Annual report on the working of the mental hospitals in the Madras Presidency - 1912-1932
Year: 1912
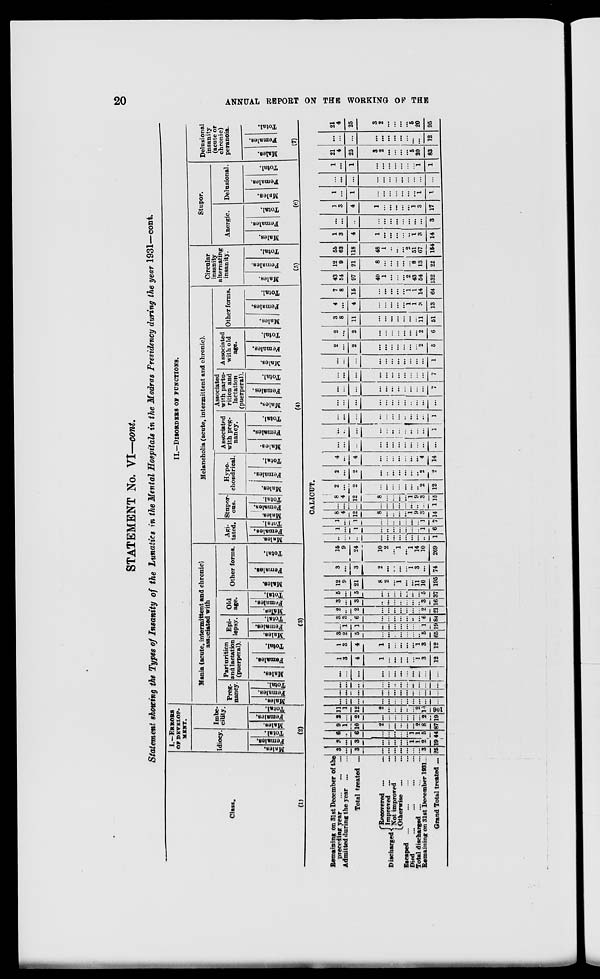
20
ANNUAL REPORT ON THE WORKING OF THE
STATEMENT No. VI—cont.
Statement showing the Types of Insanity of the Lunatics in the Mental Hospitals in the Madras Presidency during the year 1931—cont.
Class.
(1)
1.—ERRORS
OF
DEVELOP-
MENT.
Idiocy
Males.
Females.
Total.
Imbe-
cility.
Males.
Females.
Total.
(2)
II.—DISORDERS OF FUNCTIONS.
Mania (acute, intermittent and chronic)
associated with
Preg-
nancy.
Males.
Females.
Total
Parturition
and lactation
(puerperal).
Males.
Females.
Total.
Epi-
lepsy.
Males.
Females.
Total.
Old
age.
Males.
Femal es .
Tot al .
Other forms.
Males.
Females.
Total.
(3)
Melancholia (acute, intermittent and chronic).
Agi-
tated.
Males.
Females.
Total.
Stupor-
ous.
Males.
Females.
Total.
Hypo-
chondrical.
Males.
Females.
Total.
Associated
with preg-
nancy.
Males.
Females.
Total.
Associated
with partu-
rition and
lactation
(puerperal).
Males.
Females.
Total.
Associated
with old
age.
Males.
Females.
Total.
Other forms.
Males.
Females.
Total.
(4)
Circular
insanity
alternating
insanity.
Males.
Females.
Total.
(5)
Stupor.
Anergic.
Males.
Females.
Total.
Delusional.
Males.
Females.
Total.
(6)
Delusional
insanity
(acute or
chronic)
peranoia.
Males.
Females.
Total.
(7)
CALICUT.
Remaining on 31st December of the
preceding year
...
...
...
Admitted during the year
...
...
Total treated ...
Discharged
Recovered ... ...
Improved ... ...
Not improved ... ...
Otherwise ... ...
Escaped
...
...
...
...
Died ... ... ... ...
Total discharged ... ... ...
Remaining on 31st December 1931 ...
Grand Total treated ...
3
...
3
...
...
...
...
...
...
...
3
25
3
...
3
...
...
...
...
...
1
1
2
19
6
...
6
...
. ..
...
...
...
1
1
5
44
9
1
10
2
...
...
...
...
...
2
8
87
2
...
2
...
...
...
...
...
. ..
...
2
19
11
1
12
2
...
...
...
...
...
2
10
106
...
...
...
...
...
...
...
...
...
...
...
...
...
...
...
...
...
...
...
...
...
...
...
...
...
...
...
...
...
...
...
...
...
...
...
...
...
...
...
...
...
...
...
...
...
...
...
...
1
3
4
1
...
...
...
...
...
1
3
12
1
3
4
1
...
...
...
...
...
1
3
12
3
2
5
...
...
...
...
...
...
...
5
65
...
1
1
...
...
...
...
...
...
...
1
19
3
3
6
...
...
...
...
...
...
...
6
84
2
..
2
...
...
...
...
...
...
...
2
21
3
...
3
...
...
...
...
...
...
...
3
16
5
...
5
...
...
...
...
...
...
...
5
37
12
9
21
8
2
...
1
...
...
11
10
195
3
...
3
2
...
.
.
.
. ..
. ..
1
3
...
74
15
9
24
10
2
...
1
...
1
14
10
269
...
...
...
...
...
. ..
...
. ..
...
...
...
1
1
...
1
...
...
...
...
...
...
...
1
6
1
...
1
...
...
...
...
...
...
...
1
7
8
4
12
8
...
...
...
...
1
9
3
14
...
...
...
...
...
...
...
...
...
...
...
1
8
4
12
8
...
...
...
...
1
9
3
15
2
...
2
...
...
...
...
. ..
. ..
...
2
12
2
...
2
...
...
...
...
...
...
...
2
2
4
...
4
...
...
...
...
...
...
...
4
14
...
...
...
...
...
...
...
...
...
...
...
...
...
...
...
...
...
...
...
...
...
...
...
1
...
...
...
...
...
...
...
...
...
...
...
1
...
...
...
...
...
...
...
...
...
...
...
...
...
...
...
...
...
...
...
...
. ..
...
...
7
...
...
...
...
...
...
. ..
. ..
...
. . .
...
7
...
...
...
...
...
...
...
...
...
...
...
1
2
...
2
...
...
...
...
...
...
...
2
5
2
...
2
...
...
...
...
. ..
. ..
...
2
6
3
8
11
...
...
...
. ..
. ..
. ..
...
11
51
4
...
4
...
...
...
...
...
1
1
3
13
7
8
15
...
...
. ..
. ..
. ..
1
1
14
64
43
54
97
40
1
...
...
...
2
43
54
132
12
9
21
8
...
...
...
...
...
8
13
22
56
63
118
48
1
..
...
...
2
51
67
154
1
3
4
1
...
...
...
...
...
1
3
14
...
...
...
...
...
...
...
...
...
...
...
3
1
3
4
1
...
...
...
...
...
1
3
17
1
...
1
...
...
...
...
...
...
...
1
1
...
...
...
...
...
...
...
...
...
...
...
...
1
...
1
...
...
...
...
...
...
1
1
21
4
25
3
2
...
...
...
...
5
20
83
...
...
...
...
...
...
...
...
...
...
...
12
21
4
25
3
2
...
...
...
...
5
20
95